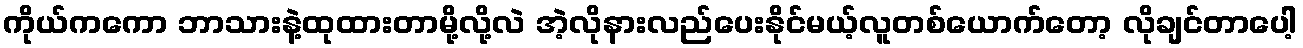
ကိုယ်ကကော ဘာသားနဲ့ထုထားတာမို့လို့လဲ အဲ့လိုနားလည်ပေးနိုင်မယ့်လူတစ်ယောက်တော့ လိုချင်တာပေါ့